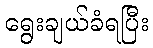
ရွေးချယ်ခံရပြီး